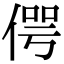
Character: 偔